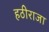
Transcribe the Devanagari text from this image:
हठीराजा